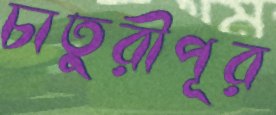
চাতুরীপূর